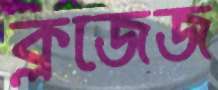
ক্লজেজ